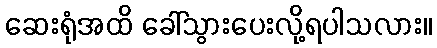
ဆေးရုံအထိ ခေါ်သွားပေးလို့ရပါသလား။